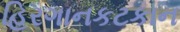
હિરગાનકટકાન